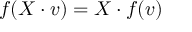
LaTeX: f ( X \cdot v ) = X \cdot f ( v )